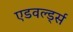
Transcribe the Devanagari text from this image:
एडवर्ल्ड्स